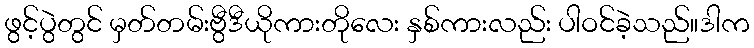
ဖွင့်ပွဲတွင် မှတ်တမ်းဗွီဒီယိုကားတိုလေး နှစ်ကားလည်း ပါဝင်ခဲ့သည်။ဒါက